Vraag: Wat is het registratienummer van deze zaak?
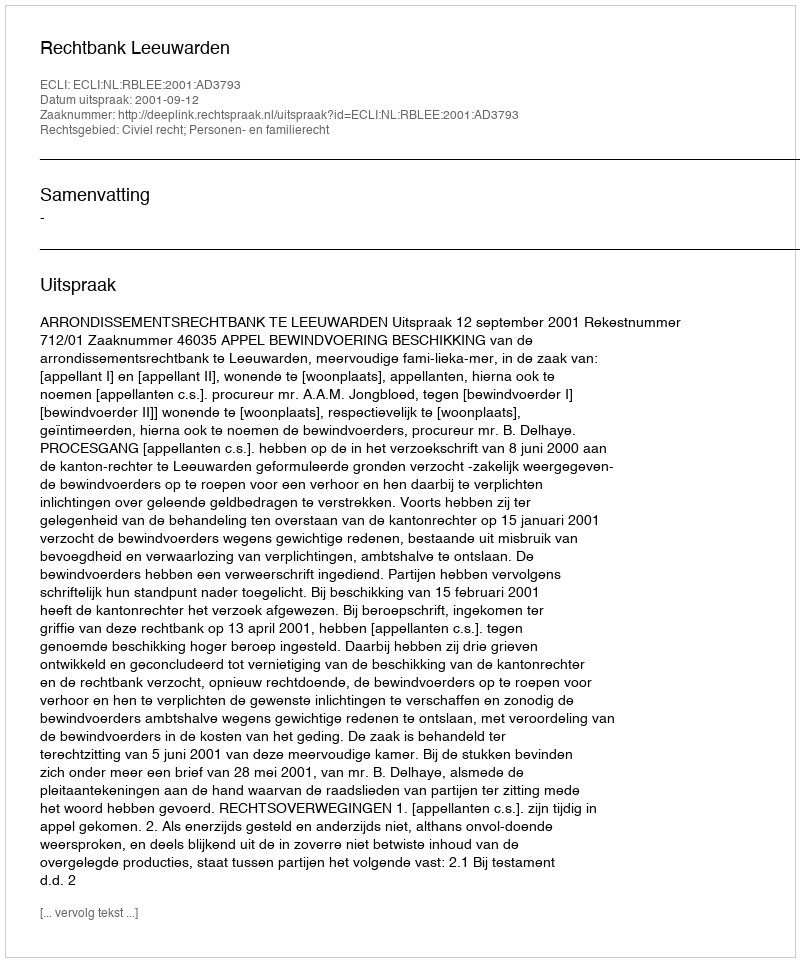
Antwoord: http://deeplink.rechtspraak.nl/uitspraak?id=ECLI:NL:RBLEE:2001:AD3793